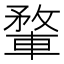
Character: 𨍎